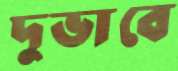
দুভাবে